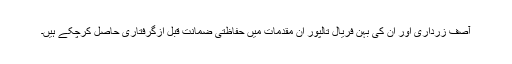
آصف زرداری اور ان کی بہن فریال تالپور ان مقدمات میں حفاظتی ضمانت قبل ازگرفتاری حاصل کرچکے ہیں۔